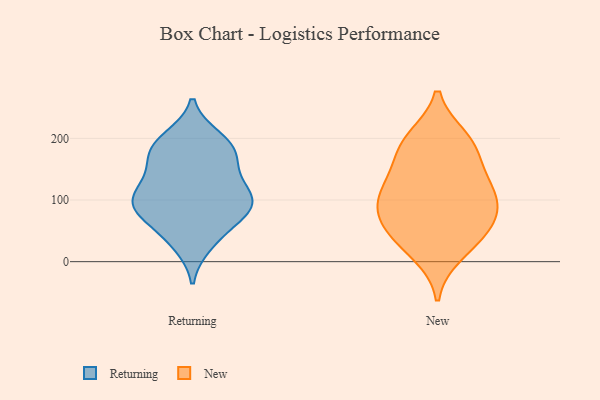
{"axis": {"x": "Inventory Turnover", "y": "Value"}, "legend": ["New", "Returning"], "data": [{"x": "", "y": 123, "type": "Returning"}, {"x": "", "y": 189, "type": "Returning"}, {"x": "", "y": 138, "type": "Returning"}, {"x": "", "y": 85, "type": "Returning"}, {"x": "", "y": 64, "type": "Returning"}, {"x": "", "y": 103, "type": "Returning"}, {"x": "", "y": 176, "type": "Returning"}, {"x": "", "y": 90, "type": "Returning"}, {"x": "", "y": 193, "type": "Returning"}, {"x": "", "y": 28, "type": "Returning"}, {"x": "", "y": 100, "type": "Returning"}, {"x": "", "y": 86, "type": "Returning"}, {"x": "", "y": 174, "type": "Returning"}, {"x": "", "y": 156, "type": "Returning"}, {"x": "", "y": 113, "type": "Returning"}, {"x": "", "y": 82, "type": "Returning"}, {"x": "", "y": 200, "type": "Returning"}, {"x": "", "y": 36, "type": "Returning"}, {"x": "", "y": 61, "type": "New"}, {"x": "", "y": 78, "type": "New"}, {"x": "", "y": 195, "type": "New"}, {"x": "", "y": 33, "type": "New"}, {"x": "", "y": 200, "type": "New"}, {"x": "", "y": 114, "type": "New"}, {"x": "", "y": 13, "type": "New"}, {"x": "", "y": 97, "type": "New"}, {"x": "", "y": 187, "type": "New"}, {"x": "", "y": 120, "type": "New"}, {"x": "", "y": 47, "type": "New"}, {"x": "", "y": 127, "type": "New"}, {"x": "", "y": 160, "type": "New"}, {"x": "", "y": 80, "type": "New"}]}